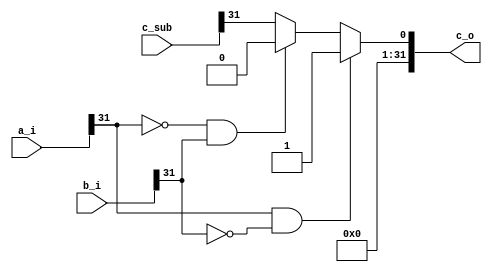
`timescale 1ns / 1ps

module alu_slt(
    input       [31:0]  a_i,
    input       [31:0]  b_i,
    input       [31:0]  c_sub,
    output      [31:0]  c_o
    );
    wire ab_10;
    wire ab_01;
    assign ab_10 = a_i[31] && (~b_i[31]);
    assign ab_01 = (~a_i[31]) && b_i[31];
    assign c_o   =    (ab_10)    ?    32'h1 : 
                    (ab_01)     ?   32'h0 : 
                                    {31'h0, c_sub[31]};
endmodule